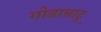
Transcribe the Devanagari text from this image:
गोडाचाटू